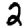
Digit: 2